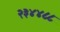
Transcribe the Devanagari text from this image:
२३४४८८